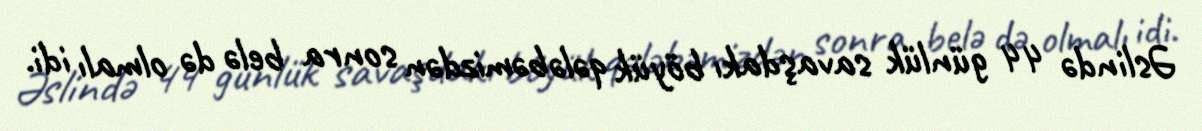
Əslində 44 günlük savaşdakı böyük qələbəmizdən sonra belə də olmalı idi.